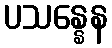
ပသန္နေန